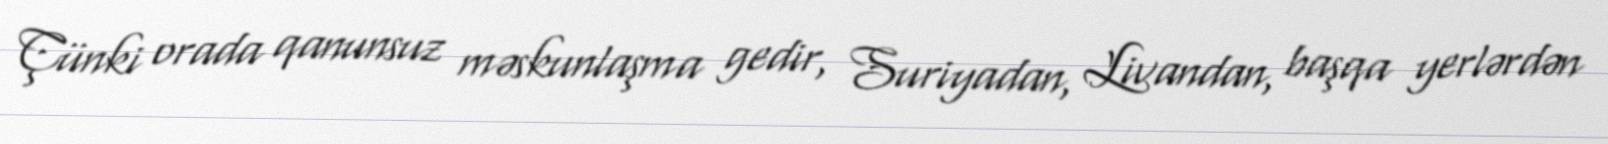
Çünki orada qanunsuz məskunlaşma gedir, Suriyadan, Livandan, başqa yerlərdən